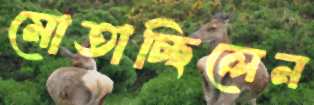
মোতাচ্ছিলেন